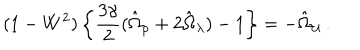
LaTeX: ( 1 - W ^ { 2 } ) \left\{ \frac { 3 \gamma } { 2 } ( \hat { \Omega } _ { \rho } + 2 \hat { \Omega } _ { \lambda } ) - 1 \right\} = - \hat { \Omega } _ { \cal U } \, .